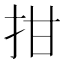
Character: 拑